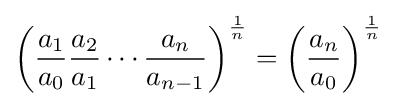
\left({\frac {a_{1}}{a_{0}}}{\frac {a_{2}}{a_{1}}}\cdots {\frac {a_{n}}{a_{n-1}}}\right)^{\frac {1}{n}}=\left({\frac {a_{n}}{a_{0}}}\right)^{\frac {1}{n}}